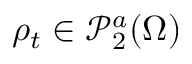
\rho _ { t } \in \mathscr { P } _ { 2 } ^ { a } ( \Omega )